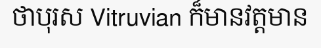
ថាបុរស Vitruvian ក៏មានវត្តមាន